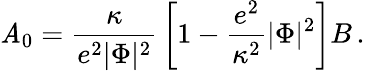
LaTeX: \mathit{A}_{0}={\frac{{\kappa}}{{e^{2}|\Phi|^{2}}}}\left[1-{\frac{{e^{2}}}{{\kappa^{2}}}}|\Phi|^{2}\right]B\, .